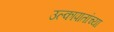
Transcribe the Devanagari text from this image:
उल्कापातांच्या